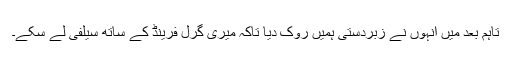
تاہم بعد میں انہوں نے زبردستی ہمیں روک دیا تاکہ میری گرل فرینڈ کے ساتھ سیلفی لے سکے۔